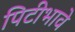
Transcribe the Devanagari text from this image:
पिटीभावे